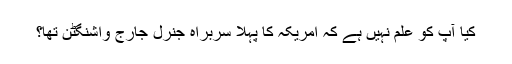
کیا آپ کو علم نہیں ہے کہ امریکہ کا پہلا سربراہ جنرل جارج واشنگٹن تھا؟